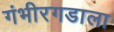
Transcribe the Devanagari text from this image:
गंभीरगडाला